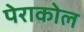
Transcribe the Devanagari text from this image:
पेराकोल